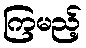
ကြမည့်